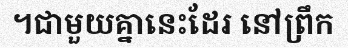
។ជាមួយគ្នានេះដែរ នៅព្រឹក